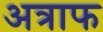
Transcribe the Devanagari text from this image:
अत्राफ